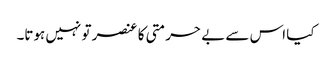
کیا اس سے بے حرمتی کا عنصر تو نہیں ہوتا۔